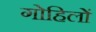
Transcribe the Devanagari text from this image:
गोहिलों